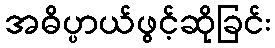
အဓိပ္ပာယ်ဖွင့်ဆိုခြင်း